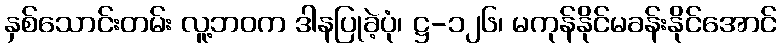
နှစ်သောင်းတမ်း လူ့ဘဝက ဒါနပြုခဲ့ပုံ၊ ဋ္ဌ-၁၂၆၊ မကုန်နိုင်မခန်းနိုင်အောင်